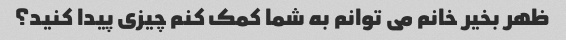
ظهر بخیر خانم می توانم به شما کمک کنم چیزی پیدا کنید؟